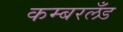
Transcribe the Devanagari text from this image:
कम्बरलँड